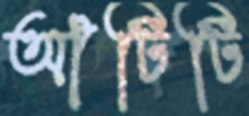
আঁটিটি